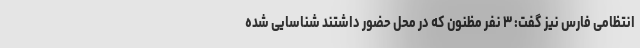
انتظامی فارس نیز گفت: ۳ نفر مظنون که در محل حضور داشتند شناسایی شده